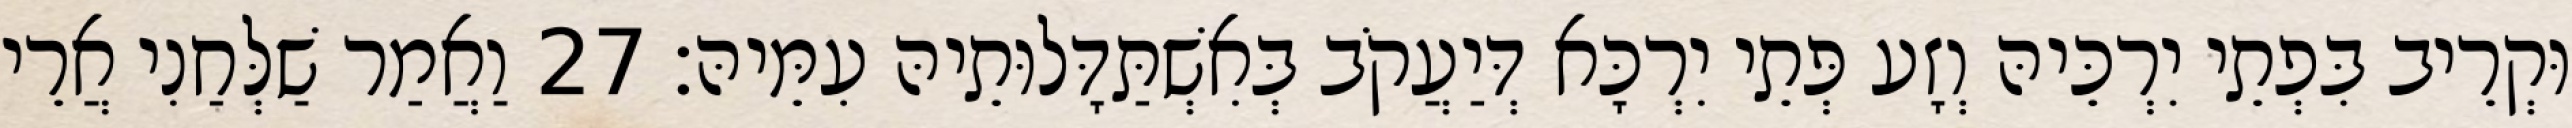
וּקְרֵיב בִּפְתֵי יִרְכֵּיהּ וְזָע פְּתֵי יִרְכָּא דְּיַעֲקֹב בְּאִשְׁתַּדָּלוּתֵיהּ עִמֵּיהּ׃ 27 וַאֲמַר שַׁלְּחַנִי אֲרֵי